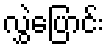
လွှဲပြောင်း